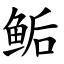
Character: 鲘